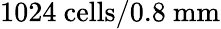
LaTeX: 1024~{\mathrm{cells}}/{0.8~\mathrm{mm}}